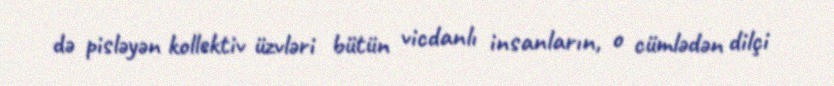
də pisləyən kollektiv üzvləri bütün vicdanlı insanların, o cümlədən dilçi